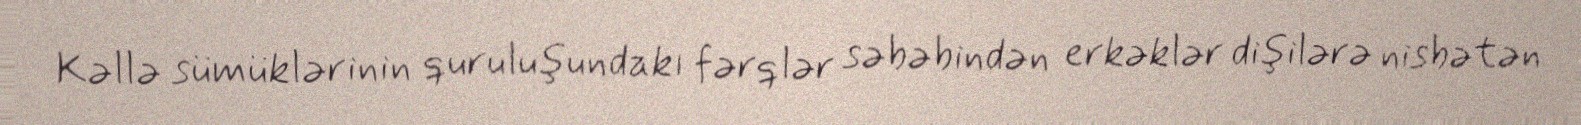
Kəllə sümüklərinin quruluşundakı fərqlər səbəbindən erkəklər dişilərə nisbətən